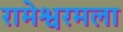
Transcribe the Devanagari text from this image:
रामेश्वरमला